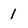
Character: 1